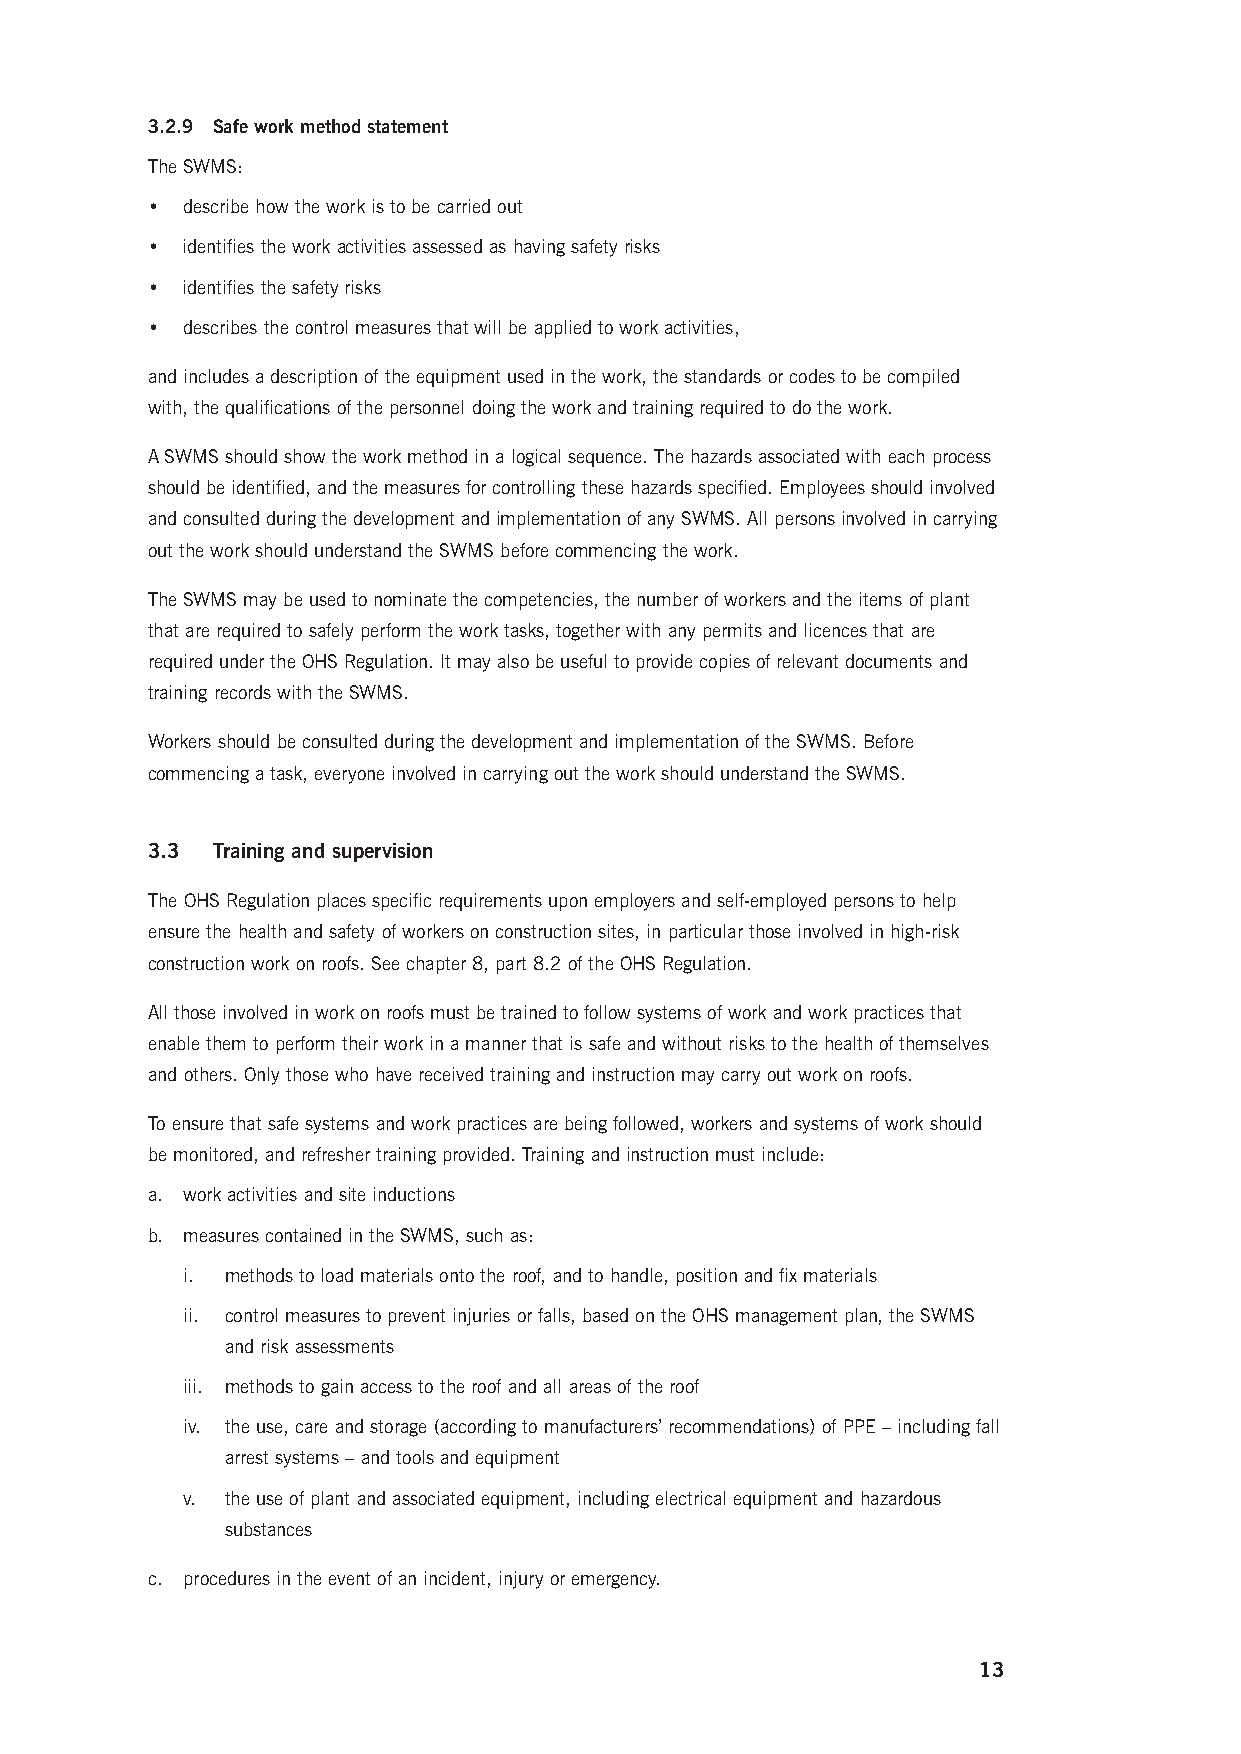
3.2.9 Safe work method statement
 The SWMS:
 • describe how the work is to be carried out
 • identifies the work activities assessed as having safety risks
 • identifies the safety risks
 • describes the control measures that will be applied to work activities,
 and includes a description of the equipment used in the work, the standards or codes to be compiled
 with, the qualifications of the personnel doing the work and training required to do the work.
 A SWMS should show the work method in a logical sequence. The hazards associated with each process
 should be identified, and the measures for controlling these hazards specified. Employees should involved
 and consulted during the development and implementation of any SWMS. All persons involved in carrying
 out the work should understand the SWMS before commencing the work.
 The SWMS may be used to nominate the competencies, the number of workers and the items of plant
 that are required to safely perform the work tasks, together with any permits and licences that are
 required under the OHS Regulation. It may also be useful to provide copies of relevant documents and
 training records with the SWMS.
 Workers should be consulted during the development and implementation of the SWMS. Before
 commencing a task, everyone involved in carrying out the work should understand the SWMS.
 3.3 Training and supervision
 The OHS Regulation places specific requirements upon employers and self-employed persons to help
 ensure the health and safety of workers on construction sites, in particular those involved in high-risk
 construction work on roofs. See chapter 8, part 8.2 of the OHS Regulation.
 All those involved in work on roofs must be trained to follow systems of work and work practices that
 enable them to perform their work in a manner that is safe and without risks to the health of themselves
 and others. Only those who have received training and instruction may carry out work on roofs.
 To ensure that safe systems and work practices are being followed, workers and systems of work should
 be monitored, and refresher training provided. Training and instruction must include:
 a. work activities and site inductions
 b. measures contained in the SWMS, such as:
 i. methods to load materials onto the roof, and to handle, position and fix materials
 ii. control measures to prevent injuries or falls, based on the OHS management plan, the SWMS
 and risk assessments
 iii. methods to gain access to the roof and all areas of the roof
 iv. the use, care and storage (according to manufacturers’ recommendations) of PPE – including fall
 arrest systems – and tools and equipment
 v. the use of plant and associated equipment, including electrical equipment and hazardous
 substances
 c. procedures in the event of an incident, injury or emergency.
 13